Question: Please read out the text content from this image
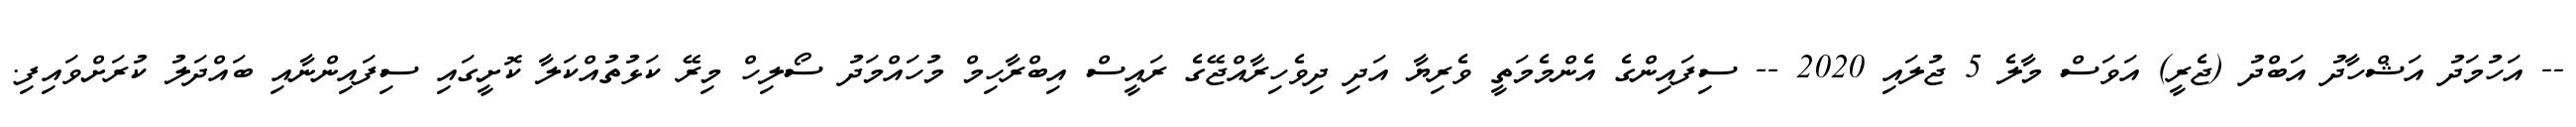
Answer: -- އަހުމަދު އަޝްހާދު އަބްދު (ޖެރީ) އަވަސް މާލެ 5 ޖުލައި 2020 -- ސިފައިންގެ އެންމެމަތީ ވެރިޔާ އަދި ދިވެހިރާއްޖޭގެ ރައީސް އިބްރާހިމް މުހައްމަދު ސޯލިހް މިރޭ ކަޅުތުއްކަލާ ކޮށީގައި ސިފައިންނާއި ބައްދަލު ކުރަށްވައިފި.